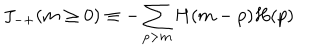
LaTeX: J _ { - + } ( m \ge 0 ) \equiv - \sum _ { p > m } H ( m - p ) H ( p )